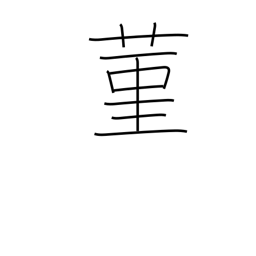
Meaning: the violet